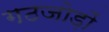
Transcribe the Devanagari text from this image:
गठजोड़ों